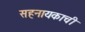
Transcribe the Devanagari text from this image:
सहनायकाची